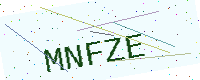
Text: MNFZE